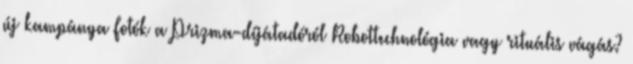
új kampánya Fotók a Prizma-díjátadóról Robottechnológia vagy rituális vágás?